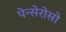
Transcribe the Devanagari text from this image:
पेन्सेरोसो